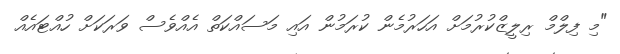
"މި ފިލްމް ރިލީޒްކުރުމަށް އަހަރުމެން ކުރަމުން އައި މަސައްކަތް އެއްވެސް ވަރަކަށް ހުއްޓައެއް